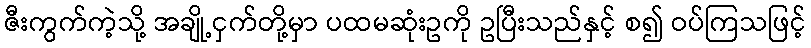
ဇီးကွက်ကဲ့သို့ အချို့ငှက်တို့မှာ ပထမဆုံးဥကို ဥပြီးသည်နှင့် စ၍ ဝပ်ကြသဖြင့်